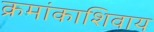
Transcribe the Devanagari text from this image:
क्रमांकाशिवाय